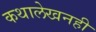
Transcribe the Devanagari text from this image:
कथालेखनही